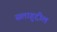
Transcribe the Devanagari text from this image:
सलाहुद्दील